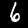
Label: 6